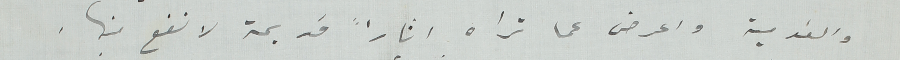
والقومية واعرض عما تراه اثارا قديمة لا نفع منها.